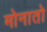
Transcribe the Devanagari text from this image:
मोनातो